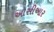
ઓસીઆર